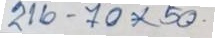
216 - 70 x 50